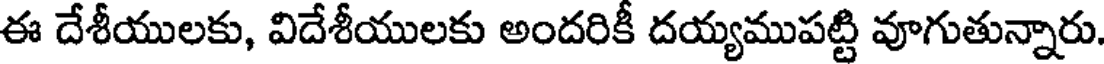
ఈ దేశీయులకు, విదేశీయులకు అందరికీ దయ్యముపట్టి వూగుతున్నారు